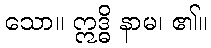
သော။ ဣဒ္ဓိ နာမ၊ ၏။